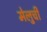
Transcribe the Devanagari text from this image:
मेलुची